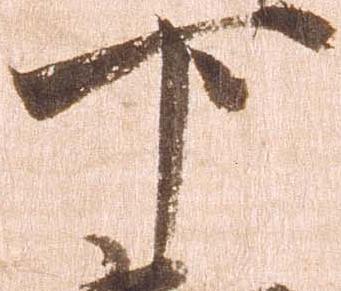
下